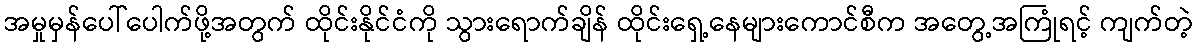
အမှုမှန်ပေါ်ပေါက်ဖို့အတွက် ထိုင်းနိုင်ငံကို သွားရောက်ချိန် ထိုင်းရှေ့နေများကောင်စီက အတွေ့အကြုံရင့် ကျက်တဲ့